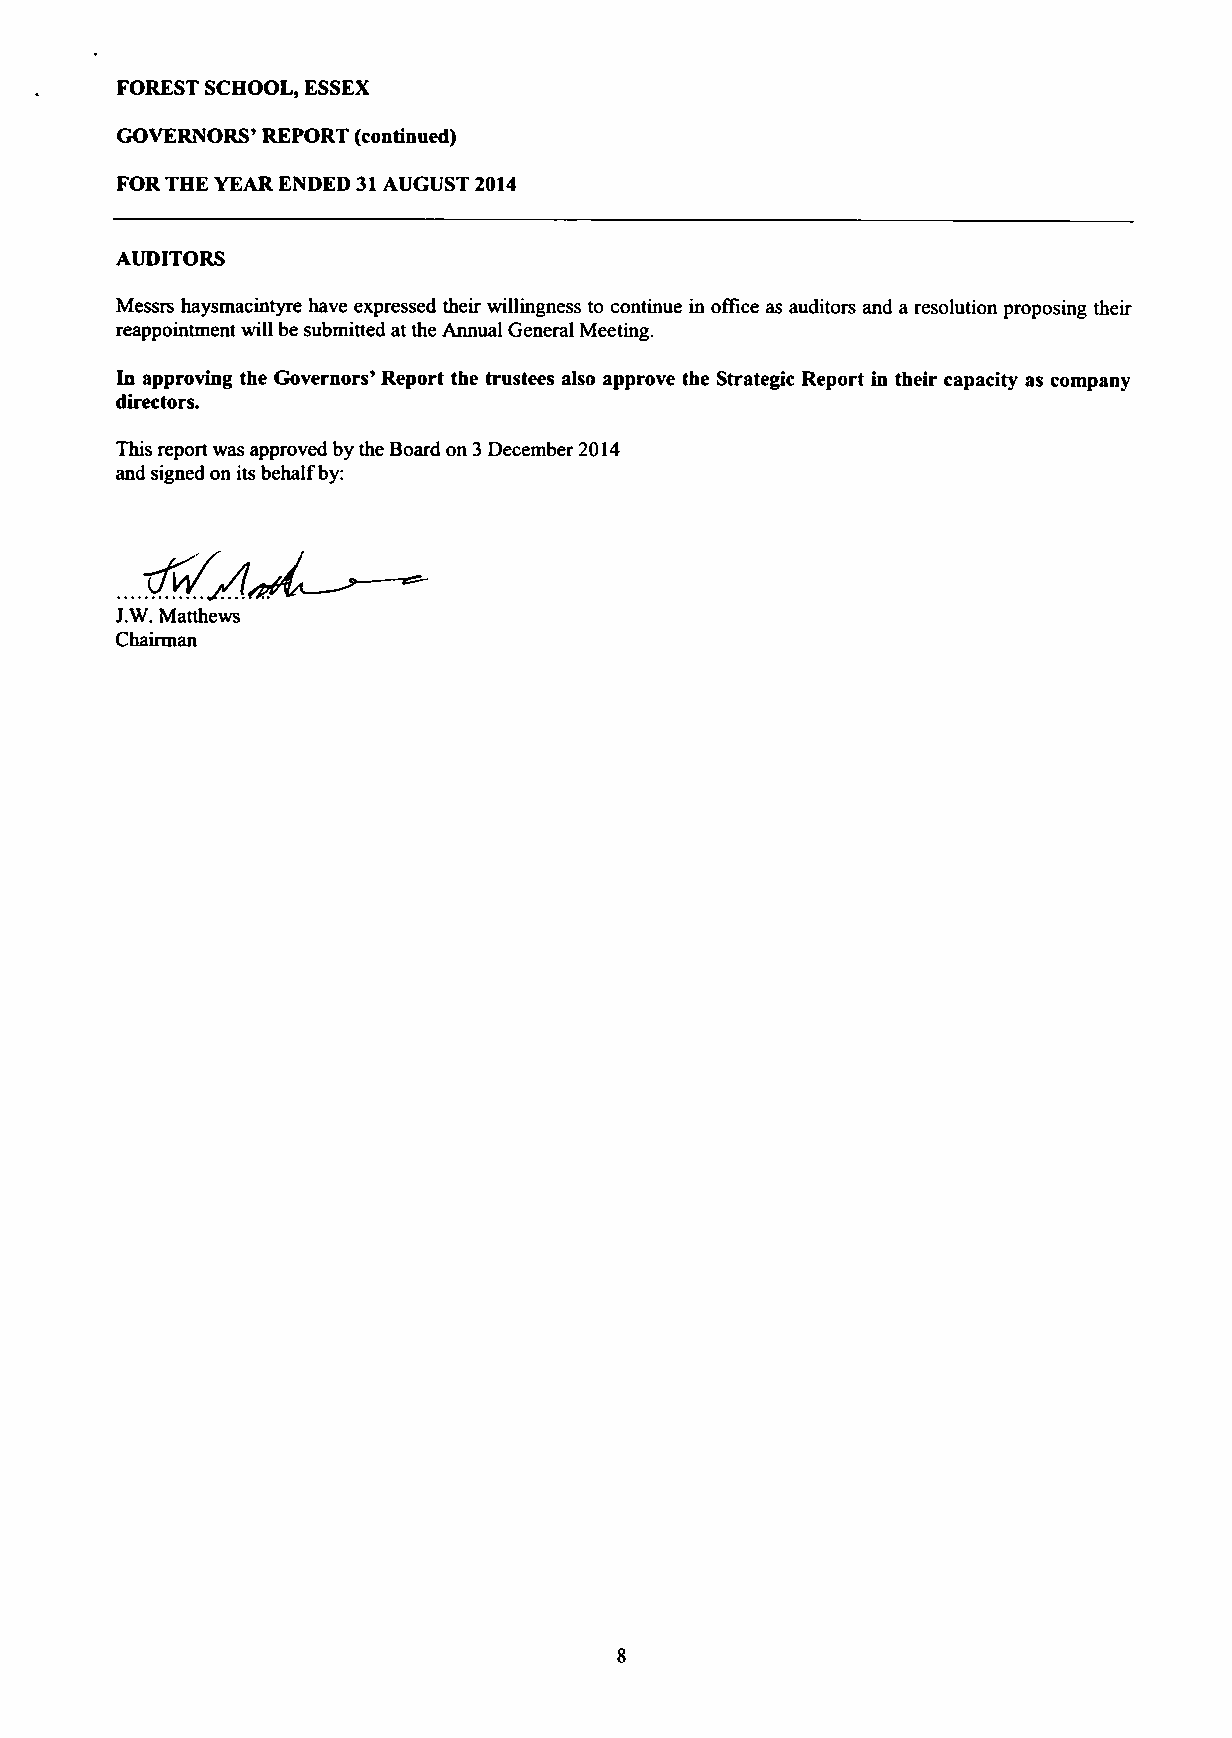
FOREST SCHOOL, ESSEX
 GOVERNORS' REPORT (continued)
 FOR THE YEAR ENDED 31 AUGUST 2014
 AUDITORS
 Messrs haysmacintyre have expressed their willingness to continue in office as auditors and a resolution proposing their
 reappointment will be submitted at the Annual General Meeting.
 In approving the Governors' Report the trustees also approve the Strategic Report in their capacity as company
 directors.
 This report was approved by the Board on 3 December 2014
 and signed on its behalf by:
 J.W. Matthews
 Chairman
 8